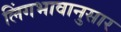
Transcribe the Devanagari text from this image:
लिंगभावानुसार